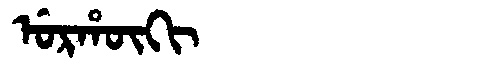
Manchu: ᡠᡵᡥᡡᡴᡳ
Romanization: URHŪKI